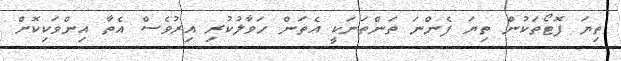
ތިޔަ ފޮޓޯތަކުން ތިޔަ ފެންނަ ތަންތަނަކީ އެތަން ހަވާލުކުރި އިރުވެސް އެތާ އިންވަކިކޮށް